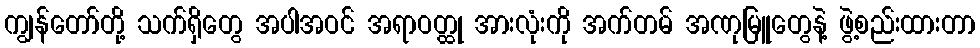
ကျွန်တော်တို့ သက်ရှိတွေ အပါအဝင် အရာဝတ္ထု အားလုံးကို အက်တမ် အဏုမြူတွေနဲ့ ဖွဲ့စည်းထားတာ